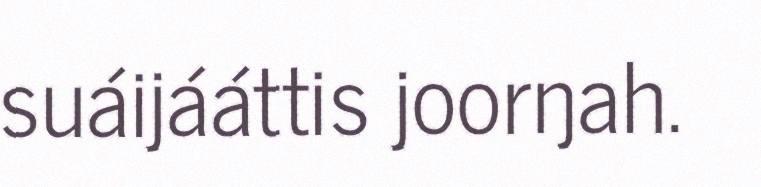
suáijááttis joorŋah.